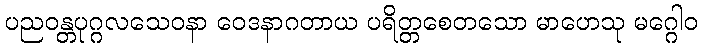
ပညဝန္တပုဂ္ဂလသေဝနာ ဝေဒနာဂတာယ ပရိတ္တစေတသော မာဟေသု မဂ္ဂေါဝ